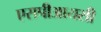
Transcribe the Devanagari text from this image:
एसपीआयसी